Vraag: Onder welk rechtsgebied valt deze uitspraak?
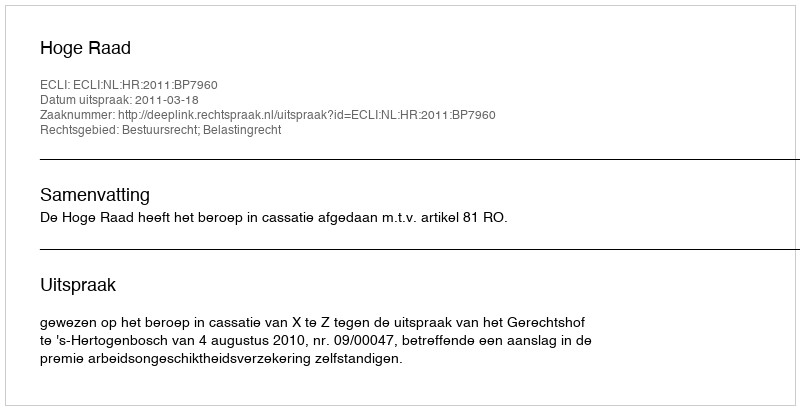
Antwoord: Bestuursrecht; Belastingrecht